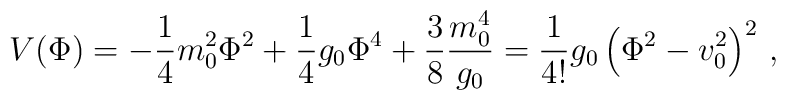
V(\Phi)=-\frac{1}{4}m_0^2\Phi^2 +\frac{1}{4}g_0\Phi^4+\frac{3}{8}\frac{m_0^4}{g_0}=\frac{1}{4!} g_0 \left(\Phi^2-v_0^2\right)^2 \,,